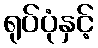
ရုပ်ပုံနှင့်